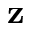
\mathbf { z }